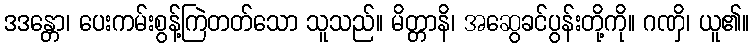
ဒဒန္တော၊ ပေးကမ်းစွန့်ကြဲတတ်သော သူသည်။ မိတ္တာနိ၊ အဆွေခင်ပွန်းတို့ကို။ ဂဏှိ၊ ယူ၏။